Annual statistical returns and brief notes on vaccination in Bengal - 1909-1929
Year: 1909
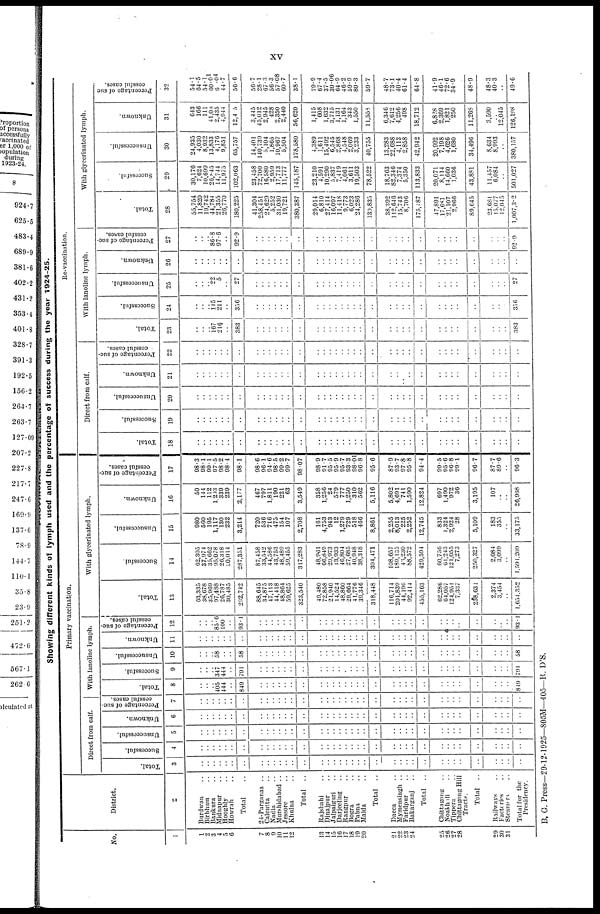
xv
Showing different kinds of lymph used and the percentage of success during the year 1924-25.
No.
1
1
2
3
4
5
6
7
8
9
10
11
12
13
14
15
16
17
18
19
20
21
22
23
24
25
26
27
28
29
30
31
District.
2
Burdwan ..
Birbhum ..
Bankura ..
Midnapur ..
Hooghly ..
Howrah ..
Total ..
24- Parganas ..
Calcutta ..
Nadia ..
Murshidabad ..
Jessore ..
Khulna ..
Total ..
Rajshahi ..
Dinajpur ..
Jalpaiguri ..
Darjeeling ..
Rangapur ..
Bogra ..
Pabna ..
Malda ..
Total ..
Dacca ..
Mymensingh ..
Faridpur ..
Bakarganj ..
Total ..
Chittagong ..
Noakhali ..
Tippera ..
Chittagong Hill
Tracts.
Total ..
Railways ..
Factories ..
Steamers ..
Total for the
Presidency.
Primary vaccination.
Direct from calf.
Total.
3
..
..
..
..
..
..
..
..
..
..
..
..
..
..
..
..
..
..
..
..
..
..
..
..
..
..
..
..
..
..
..
..
..
..
..
..
..
Successful.
4
..
..
..
..
..
..
..
..
..
..
..
..
..
..
..
..
..
..
..
..
..
..
..
..
..
..
..
..
..
..
..
..
..
..
..
..
..
Unsuccessful.
5
..
..
..
..
..
..
..
..
..
..
..
..
..
..
..
..
..
..
..
..
..
..
..
..
..
..
..
..
..
..
..
..
..
..
..
..
..
Unknown.
6
..
..
..
..
..
..
..
..
..
..
..
..
..
..
..
..
..
..
..
..
..
..
..
..
..
..
..
..
..
..
..
..
..
..
..
..
..
Percentage of suc-
cessful cases.
7
..
..
..
..
..
..
..
..
..
..
..
..
..
..
..
..
..
..
..
..
..
..
..
..
..
..
..
..
..
..
..
..
..
..
..
..
..
With lanoline lymph.
Total.
8
..
..
.. 405
444
..
849
..
..
..
..
..
..
..
..
..
..
..
..
..
..
..
..
..
..
..
..
..
..
..
..
..
..
..
..
..
849
Successful.
9
..
..
.. 347
444
..
791
..
..
..
..
..
..
..
..
..
..
..
..
..
..
..
..
..
..
..
..
..
..
..
..
..
..
..
..
..
791
Unsuccessful.
10
..
..
.. 58
..
..
58
..
..
..
..
..
..
..
..
..
..
..
..
..
..
..
..
..
..
..
..
..
..
..
..
..
..
..
..
..
58
Unknown.
11
..
..
..
..
..
..
..
..
..
..
..
..
..
..
..
..
..
..
..
..
..
..
..
..
..
..
..
..
..
..
..
..
..
..
..
..
..
Percentage of suc-
cessful cases.
12
..
..
.. 850
100
..
93.1
..
..
..
..
..
..
..
..
..
..
..
..
..
..
..
..
..
..
..
..
..
..
..
..
..
..
..
..
..
93.1
With glycerinated lymph.
Total.
13
63,335
38,678
35,969
97,488
26,787
30,485
292,742
88,645
34,875
47,113
44,418
48,864
59,625
323,540
49,480
72,858
21,940
14,524
48,860
29,664
41,776
39,346
318,448
116,714
201,839
44,196
92,414
455,163
62,286
64,057
124,951
7,337
258,631
2,374
3,454
..
1,654,352
Successful.
14
62,305
37,974
35,662
95,078
26,318
30,014
287,351
87,458
33,542
44,586
43,753
48,489
59,455
317,283
48,961
66,849
20,973
13,933
46,804
27,685
40,948
38,318
304,471
108,657
189,135
43,230
88,572
429,594
60,756
61,243
121,055
7,273
250,327
2,084
3,099
..
1,594,209
Unsuccessful.
15
980
560
195
1,117
130
232
3,214
720
536
716
475
154
107
2,708
161
4,753
943
12
1,279
729
518
466
8,861
2,255
8,013
225
2,252
12,745
833
1,324
2,924
28
5,109
183
355
..
33,175
Unknown.
16
50
144
112
1,203
339
239
2,177
467
797
1,811
190
221
63
3,549
358
1,256
24
579
777
1,250
310
562
5,116
5,802
4,691
741
1,590
12,824
697
1,490
972
36
3,195
107
..
..
26,968
Percentage of suc-
cessful cases.
17
98.3
98.1
99.1
97.5
98.2
98.4
98.1
98.6
96.1
94.6
98.5
99.2
99.7
98.07
98.9
91.7
95.5
95.9
95.7
93.3
98.01
96.8
95.6
87.9
93.7
97.8
95.8
94.4
99.5
95.6
96.8
99.1
96.7
87.7
89.6
..
96.3
Re-vaccination.
Direct from calf.
Total.
18
..
..
..
..
..
..
..
..
..
..
..
..
..
..
..
..
..
..
..
..
..
..
..
..
..
..
..
..
..
..
..
..
..
..
..
..
..
Successful.
19
..
..
..
..
..
..
..
..
..
..
..
..
..
..
..
..
..
..
..
..
..
..
..
..
..
..
..
..
..
..
..
..
..
..
..
..
..
Unsuccessful.
20
..
..
..
..
..
..
..
..
..
..
..
..
..
..
..
..
..
..
..
..
..
..
..
..
..
..
..
..
..
..
..
..
..
..
..
..
..
Unknown.
21
..
..
..
..
..
..
..
..
..
..
..
..
..
..
..
..
..
..
..
..
..
..
..
..
..
..
..
..
..
..
..
..
..
..
..
..
..
Percentage of suc-
cessful cases.
22
..
..
..
..
..
..
..
..
..
..
..
..
..
..
..
..
..
..
..
..
..
..
..
..
..
..
..
..
..
..
..
..
..
..
..
..
..
With lanoline lymph.
Total.
23
..
..
.. 167
216
..
383
..
..
..
..
..
..
..
..
..
..
..
..
..
..
..
..
..
..
..
..
..
..
..
..
..
..
..
..
..
383
Successful.
24
..
..
.. 145
211
..
356
..
..
..
..
..
..
..
..
..
..
..
..
..
..
..
..
..
..
..
..
..
..
..
..
..
..
..
..
..
356
Unsuccessful.
25
..
..
.. 22
5
..
27
..
..
..
..
..
..
..
..
..
..
..
..
..
..
..
..
..
..
..
..
..
..
..
..
..
..
..
..
..
27
Unknown.
26
..
..
..
..
..
..
..
..
..
..
..
..
..
..
..
..
..
..
..
..
..
..
..
..
..
..
..
..
..
..
..
..
..
..
..
..
..
Percentage of suc-
cessful cases.
27
..
..
.. 86.8
97.6
..
92.9
..
..
..
..
..
..
..
..
..
..
..
..
..
..
..
..
..
..
..
..
..
..
..
..
..
..
..
..
..
92.9
With glycerinatcd lymph.
Total.
28
55,754
11,820
19,742
44,784
21,355
26,770
180,225
41,304
258,451
24,629
5,252
31,030
19,721
380,387
29,014
6,810
27,414
16,097
11,418
9,773
6,023
24,286
130,835
38,392
112,646
15,743
8,706
175,487
47,891
17,681
21,107
2,966
89,645
23,681
15,077
12,045
1,007,302
Successful.
29
30,176
7,624
10,699
26,845
14,744
11,975
102,063
23,458
72,700
16,580
2,959
17,713
11,777
145,187
23,210
4,591
10,290
5,837
7,419
4,061
3,611
19,503
78,522
18,763
82,340
7,374
5,350
113,833
20,071
8,114
14,660
1,036
43,881
11,457
6,084
..
501,027
Unsuccessful.
30
24,935
4,030
8,932
13,833
4,176
9,851
65,757
14,401
140,739
5,104
1,865
10,967
5,504
178,580
4,389
1,611
15,492
6,545
2,868
4,548
2,069
3,233
40,755
13,283
22,688
4,113
2,858
42,942
20,992
7,198
4,626
1,680
34,496
8,634
8,993
..
380,157
Unknown.
31
643
166
111
41,06
2,435
4,944
12,405
3,445
45,012
2,945
428
2,350
2,440
56,620
1,415
608
1,632
3,715
1,131
1,164
343
1,550
11,558
6,346
7,612
4,256
498
18,712
6,828
2,369
1,821
250
11,268
3,590
.. 12,045
126,198
Percentage of suc-
cessful cases.
32
54.1
64.5
54.1
60.01
60.04
44.7
56.6
56.7
28.1
67.3
56.3
57.08
60.7
38.1
79.9
67.4
37.5
30.06
64.9
46.2
59.9
80.3
59.7
48.7
73.1
40.4
61.4
64.8
41.9
46.1
72.6
34.9
48.9
48.3
40.3
..
49.6
B. G. Press—29-12-1925—805M—405—R. D'S.